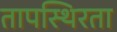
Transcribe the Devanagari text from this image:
तापस्थिरता